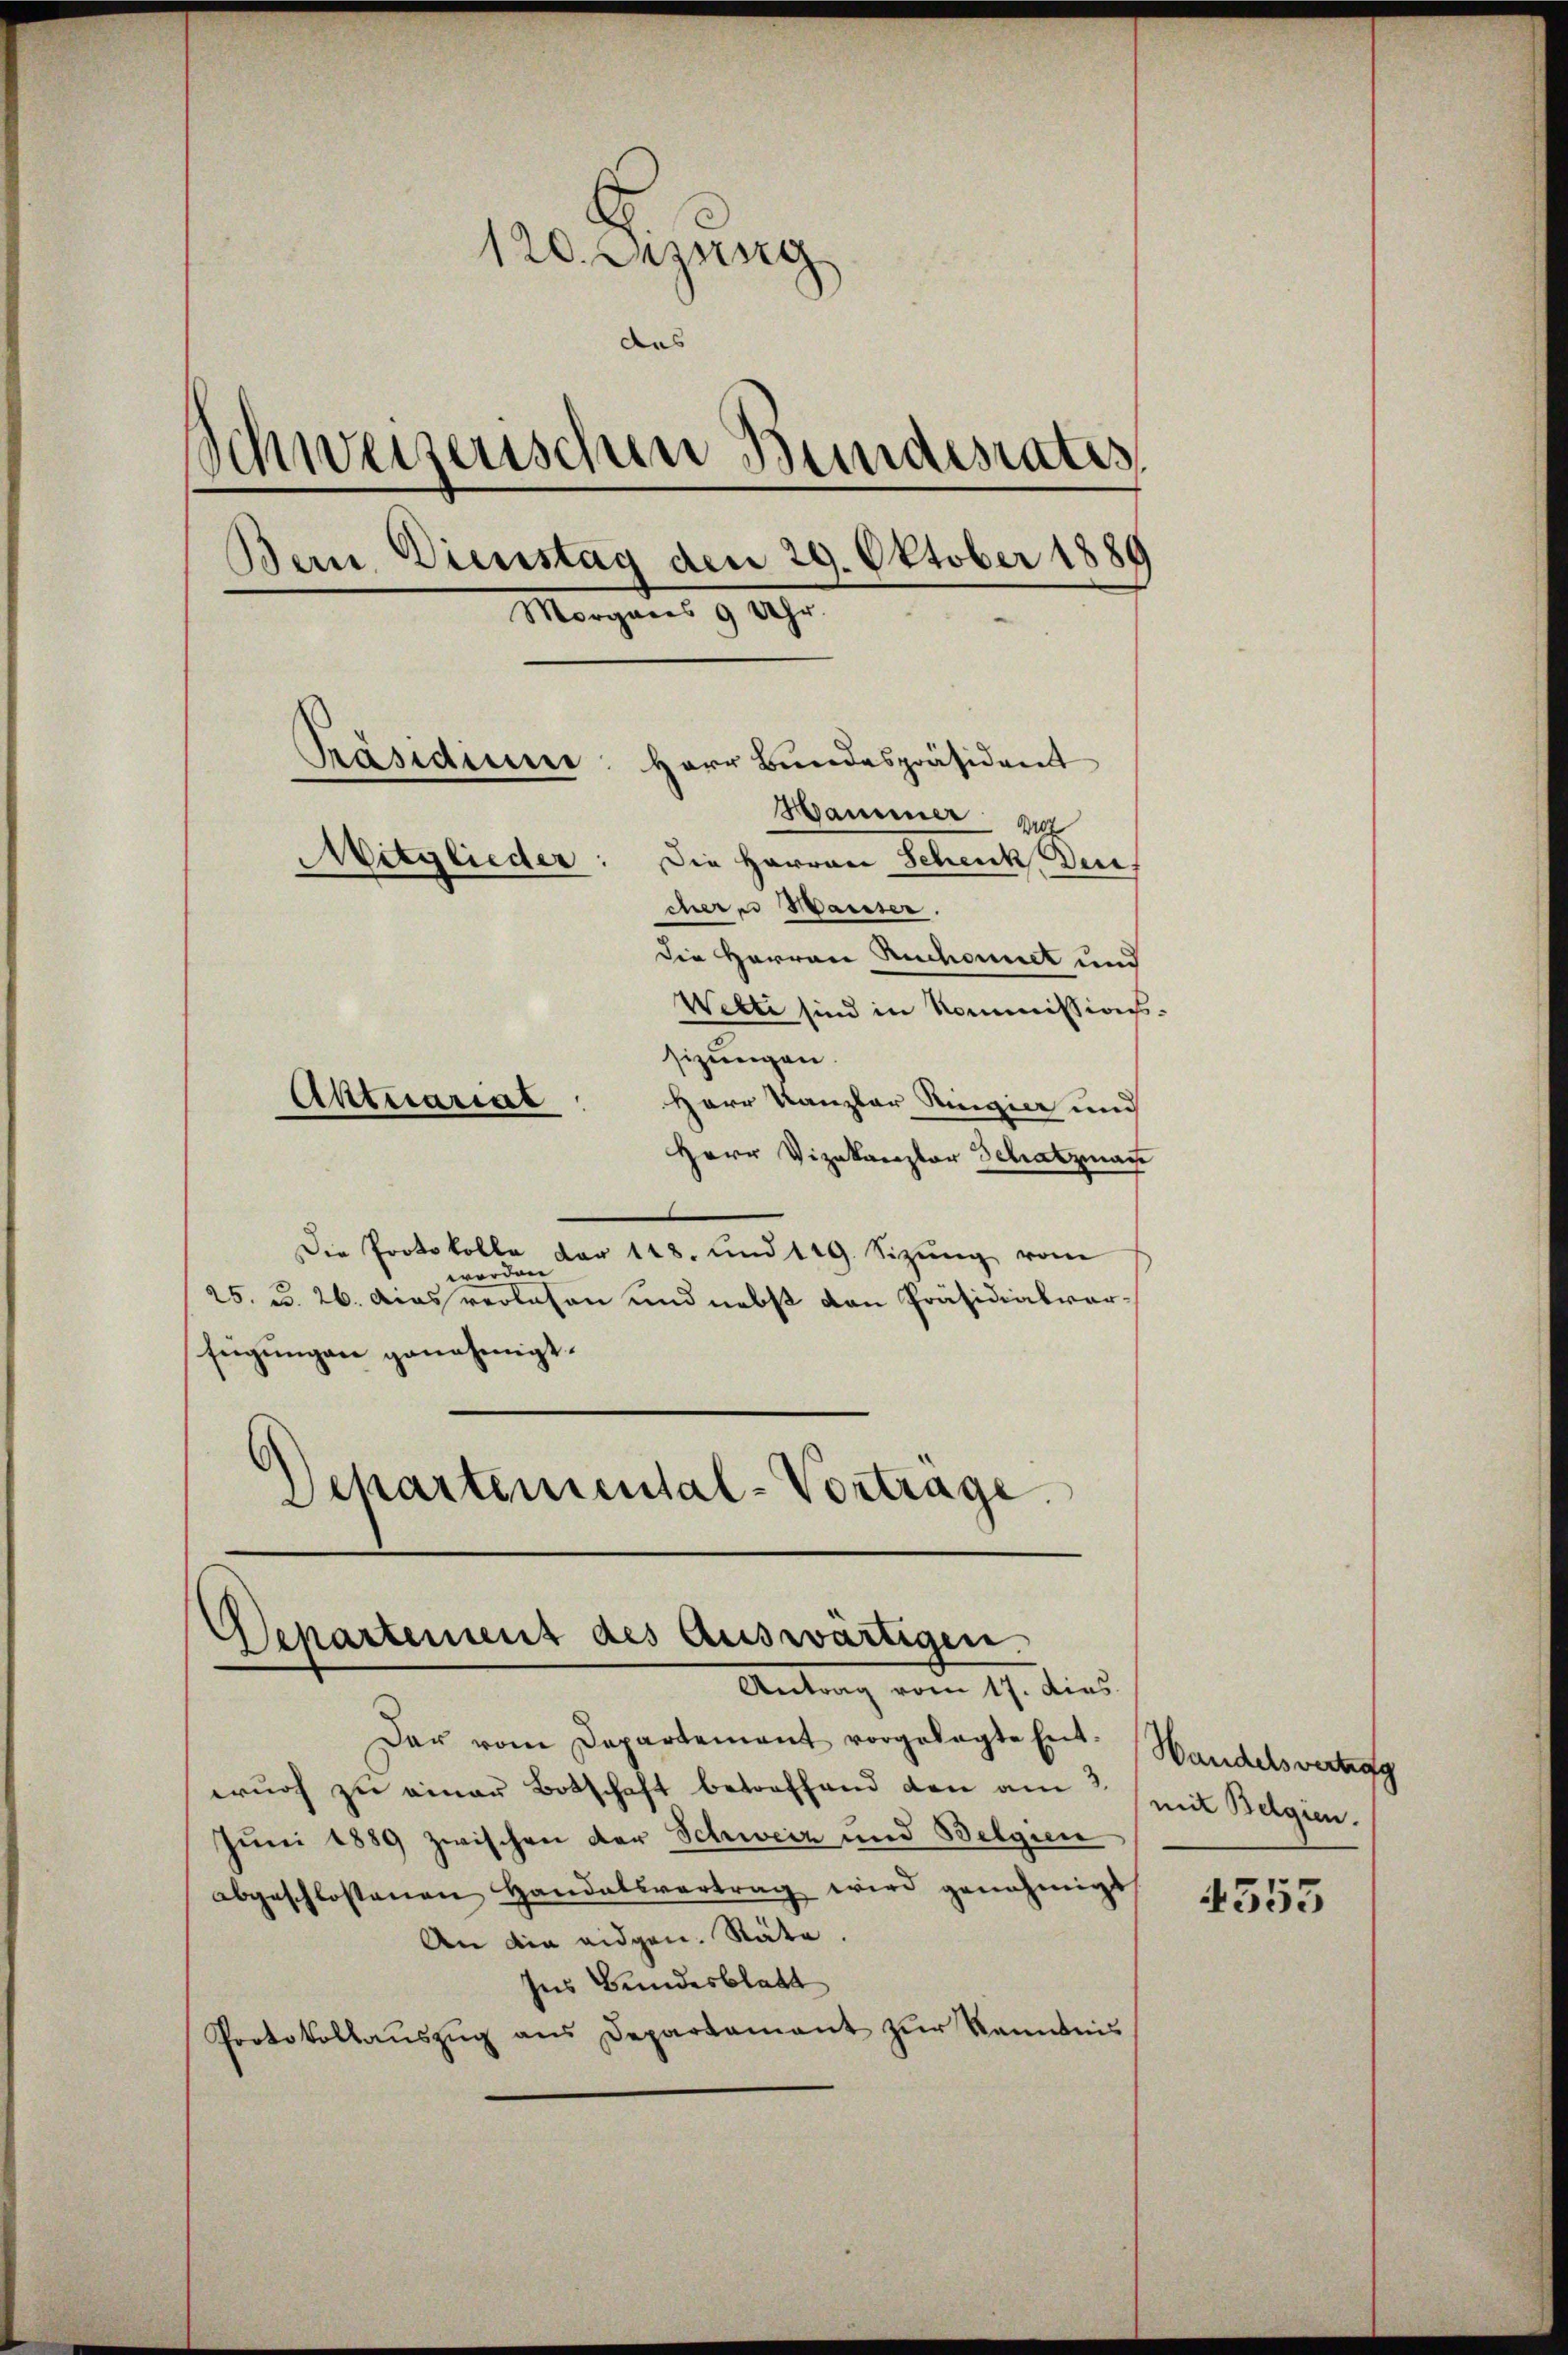
120. Enzung
das
Schweizerischen Bundesrates,
Dein Dienstag den 29. Oktober 1889
Morgens 9 Uhr.
Präsidiume
Herr Bundespräsident
Hammer ver
Mitglieder
Die Herren Schenk, Ders
cheres Hauser.
die Herren Ruchornet und
Wette sind in Kommissionssizungen.
Aktuariat
Herr Kanzler Ringier und

Herr Vizekaroplar Schatzman
Die Protokolle der 118. und 119. Sizŭng vom
worden
25. u. 26. Das verlesen und nebst den Präsidialverfügungen genehmigt.
Departemental-Vortrage.

Departement des auswärtigen.
Antrag vom 17. dies

Der vom Departement vorgelegte Ent-Handelsvertrag
wurf zu einer Botschaft betreffend den am 2
Juni 1889 zwischen der Schweiz und Belgien
abgeschlossenen Handelsvertrag wird genehmigt
An die eidgen. Stäte.
Ins Bundesblatt
Protokollaŭszŭg ans Departamant zŭr Kenntnis

mit Belgien.

4555